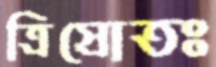
ত্রিস্রোতঃ